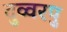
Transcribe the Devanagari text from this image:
दुव्वरपु